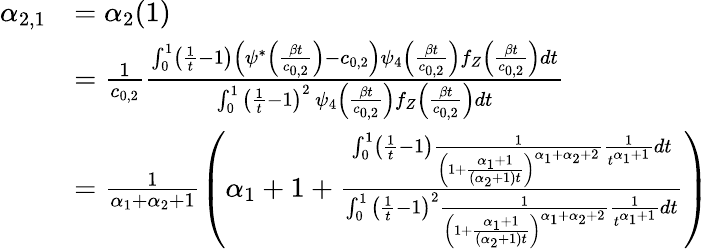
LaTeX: \begin{array}{rl}{\alpha_{2,1}}&{=\alpha_{2}(1)}\\ &{=\frac{1}{c_{0,2}}\frac{\int_{0}^{1}\left(\frac{1}{t}-1\right)\left(\psi^{*}\left(\frac{\beta t}{c_{0,2}}\right)-c_{0,2}\right)\psi_{4}\left(\frac{\beta t}{c_{0,2}}\right)f_{Z}\left(\frac{\beta t}{c_{0,2}}\right)dt}{\int_{0}^{1}\left(\frac{1}{t}-1\right)^{2}\, \psi_{4}\left(\frac{\beta t}{c_{0,2}}\right)f_{Z}\left(\frac{\beta t}{c_{0,2}}\right)dt}}\\ &{=\frac{1}{\alpha_{1}+\alpha_{2}+1}\left(\alpha_{1}+1+\frac{\int_{0}^{1}\left(\frac{1}{t}-1\right)\frac{1}{\left(1+\frac{\alpha_{1}+1}{(\alpha_{2}+1)t}\right)^{\alpha_{1}+\alpha_{2}+2}}\frac{1}{t^{\alpha_{1}+1}}dt}{\int_{0}^{1}\left(\frac{1}{t}-1\right)^{2}\frac{1}{\left(1+\frac{\alpha_{1}+1}{(\alpha_{2}+1)t}\right)^{\alpha_{1}+\alpha_{2}+2}}\frac{1}{t^{\alpha_{1}+1}}dt}\right)}\end{array}